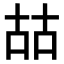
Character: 𠳬